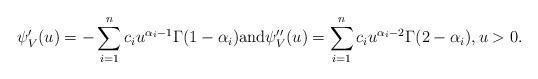
LaTeX: \begin{align*}\psi_V'(u)&= -\sum_{i=1}^n c_i u^{\alpha_i-1} \Gamma(1-\alpha_i) \mbox{and}\psi_V''(u)= \sum_{i=1}^n c_i u^{\alpha_i-2} \Gamma(2-\alpha_i), u > 0.\end{align*}